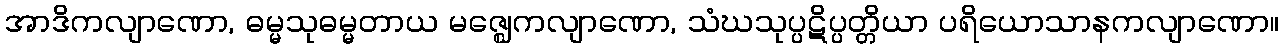
အာဒိကလျာဏော, ဓမ္မသုဓမ္မတာယ မဇ္ဈေကလျာဏော, သံဃသုပ္ပဋိပ္ပတ္တိယာ ပရိယောသာနကလျာဏော။